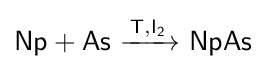
{\mathsf {Np+As\ {\xrightarrow {T,I_{2}}}\ NpAs}}